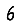
Digit: 6